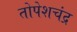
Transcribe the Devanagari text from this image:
तोपेशचंद्र